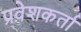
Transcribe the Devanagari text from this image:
प्रवेशकर्ता